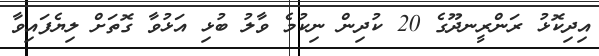
އިދިކޮޅު ރަންރީނދޫގެ 20 ކުދިން ނިކުމެ ވާލު ބުޅި އަޅުވާ ގޮތަށް ލިޔެފައިވާ